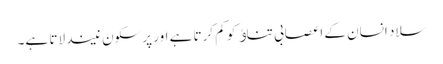
سلاد انسان کے اعصابی تناﺅ کو کم کرتا ہے اور پرسکون نیند لاتا ہے۔